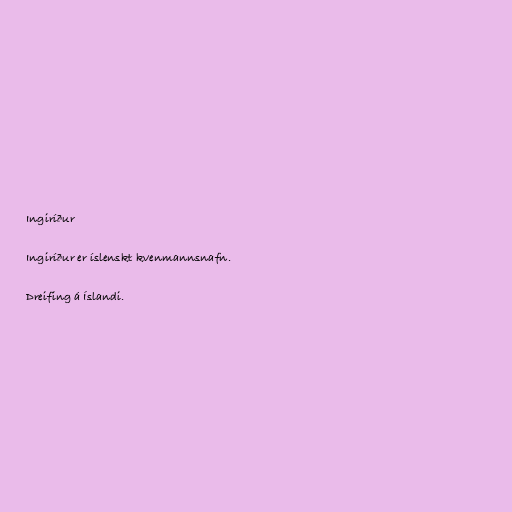
Ingiríður

Ingiríður er íslenskt kvenmannsnafn.

Dreifing á Íslandi.